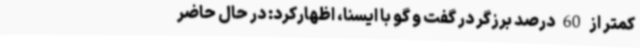
کمتر از 60 درصد برزگر در گفت و گو با ایسنا، اظهارکرد: در حال حاضر